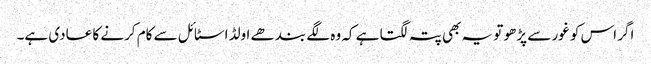
اگر اس کو غور سے پڑھو تو یہ بھی پتہ لگتا ہے کہ وہ لگے بندھے اولڈ اسٹائل سے کام کرنے کا عادی ہے۔